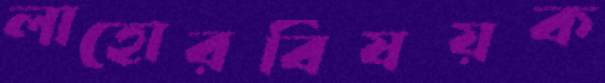
লাহোরবিষয়ক